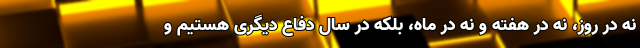
نه در روز، نه در هفته و نه در ماه، بلکه در سال دفاع دیگری هستیم و